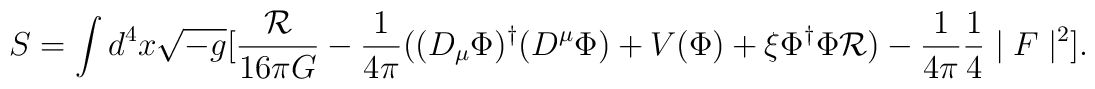
S=\int d^{4}x\sqrt{-g}[\frac{\mathcal{R}}{16\pi G}-\frac{1}{4\pi}((D_{\mu}\Phi)^{\dagger}(D^{\mu}\Phi)+V(\Phi)+\xi\Phi^{\dagger}\Phi\mathcal{R})-\frac{1}{4\pi}\frac{1}{4}\mid F\mid^{2}].